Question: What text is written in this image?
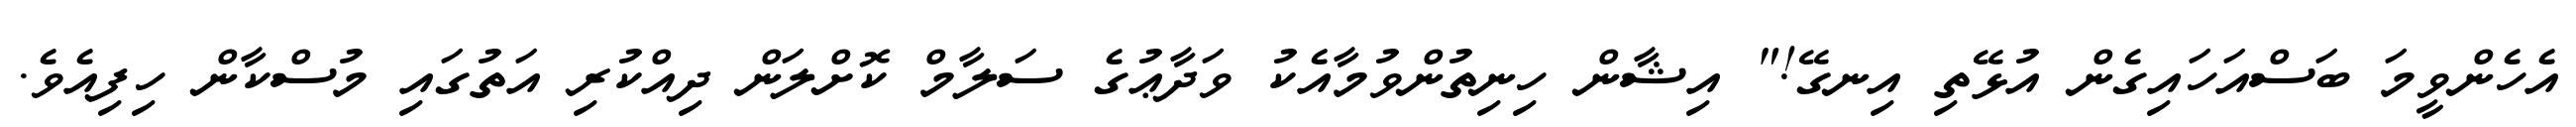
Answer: އެހެންވީމަ ބަސްއަހައިގެން އުޅޭތި އިނގޭ!" އިޝާން ހިނިތުންވުމާއެކު ވަދާޢުގެ ސަލާމް ކޮށްލަން ދިއްކުރި އަތުގައި މުސްކާން ހިފިއެވެ.